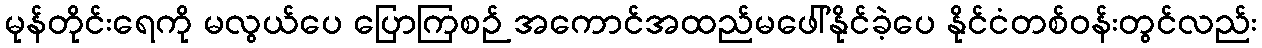
မုန်တိုင်းရေကို မလွယ်ပေ ပြောကြစဉ် အကောင်အထည်မဖေါ်နိုင်ခဲ့ပေ နိုင်ငံတစ်ဝန်းတွင်လည်း